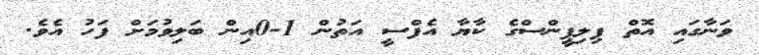
ވަނާގައި އޮތް ޕިލިޕީންސްގެ ކާޔާ އެފްސީ އަތުން 1-0އިން ބަލިވުމަށް ފަހު އެވެ.